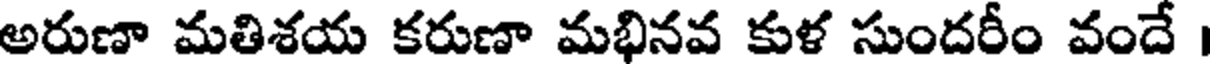
అరుణా మతిశయ కరుణా మభినవ కుళ సుందరీం వందే